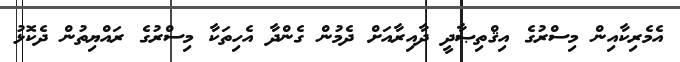
އެމެރިކާއިން މިސްރުގެ އިޤްތިޞާދީ ދާއިރާއަށް ދެމުން ގެންދާ އެހިތަކާ މިސްރުގެ ރައްޔިތުން ދެކޮޅު